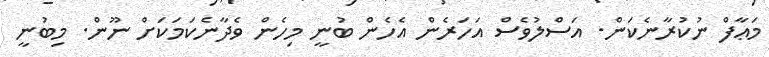
މަޢާފް ނުކުރާނެކަން. އަސްލުވެސް އަހަރެން އެހެން ބުނީ މިހެން ވެދާނެކަމަކަށް ނޫން. މިބުނީ